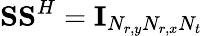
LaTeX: \textbf{S}\textbf{S}^{H}=\textbf{I}_{N_{r,y}N_{r,x}N_{t}}